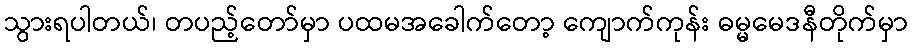
သွားရပါတယ်၊ တပည့်တော်မှာ ပထမအခေါက်တော့ ကျောက်ကုန်း ဓမ္မမေဒနီတိုက်မှာ